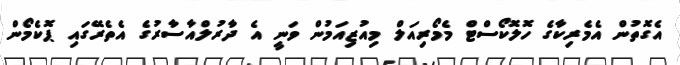
އެގޮތުން އެމެރިކާގެ ހޮލޮކޯސްޓް މެމޯރިއަލް މިއުޒިއަމުން ވަނީ އެ ދާރުލްއާސާރުގެ އެތެރޭގައި ޕޮކެމޯން